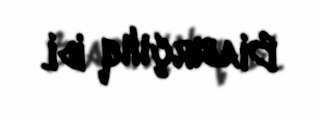
Biabırçılıq idi.